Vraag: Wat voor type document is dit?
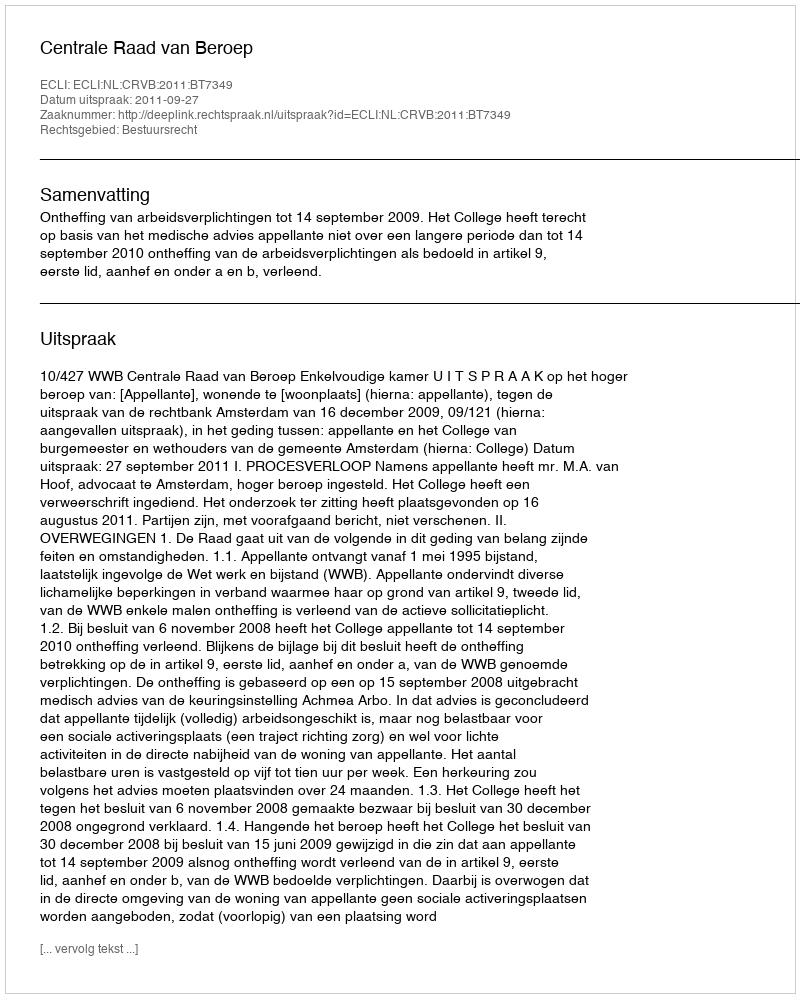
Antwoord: Uitspraak